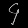
Digit: ၄